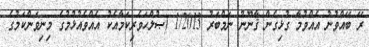
ރޭ ބޭއްވުނު އެއްވުމާ ގުޅިގެން ޤާނޫނު ނަމްބަރު 1/2013 (ޞުލްޙަވެރިކަމާއެކު އެއްވެއުޅުމުގެ މިނިވަންކަމުގެ